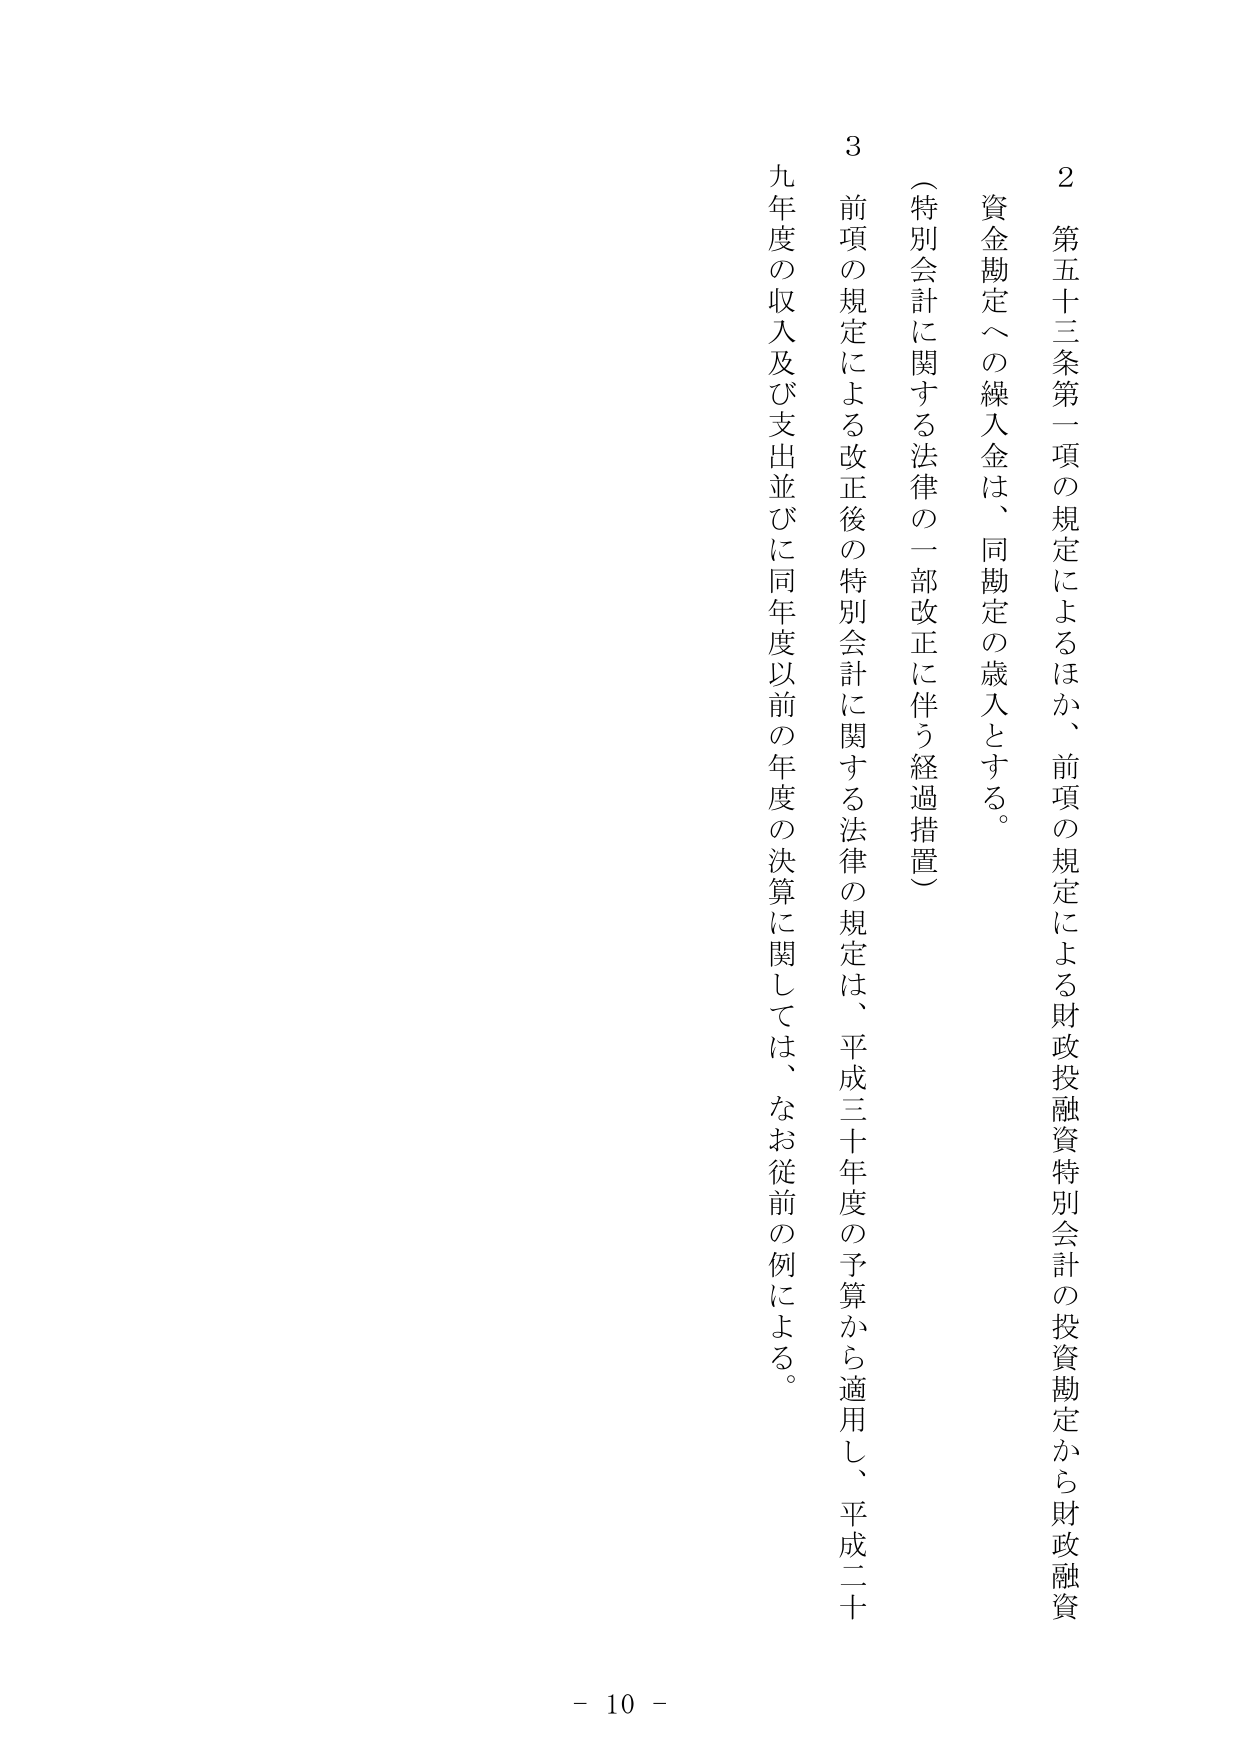
2 第五十三条第一項の規定によるほか、前項の規定による財政投融资特別会計の投資勘定から財政融資
資金勘定への繰入金は、同勘定の歳入とする。
（特別会計に関する法律の一部改正に伴う経過措置）
3 前項の規定による改正後の特別会計に関する法律の規定は、平成三十年度の予算から適用し、平成二十
九年度の収入及び支出並びに同年度以前の年度の決算に関しては、なお従前の例による。
- 10 -